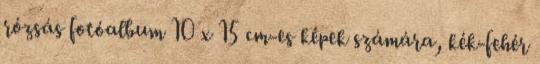
rózsás fotóalbum 10 x 15 cm-es képek számára, kék-fehér